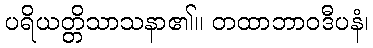
ပရိယတ္တိသာသနာ၏။ တထာဘာဝဒီပနံ၊